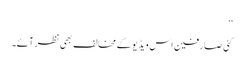
‘‘
کئی صارفین اس ویڈیو کے مخالف بھی نظر آئے۔